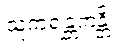
သူကရန္တကန္တိ